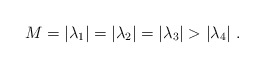
\begin{align*}M=|\lambda_1|=|\lambda_2|=|\lambda _3|>|\lambda_4|\ .\end{align*}